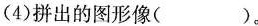
(4)拼出的图形像( )。